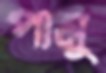
পামু